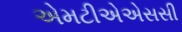
એમટીએએસસી